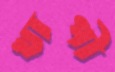
খাপী